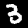
Digit: 3